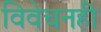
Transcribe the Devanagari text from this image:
विवेचनही